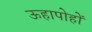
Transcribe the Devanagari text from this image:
ऊहापोहों